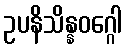
ဥပနိသိန္နဝဂ္ဂေါ